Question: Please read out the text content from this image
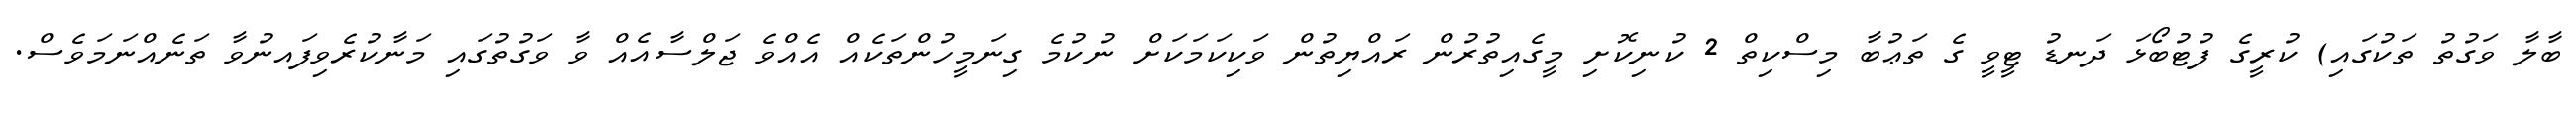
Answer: ބާލާ ވަގުތު ތަކުގައި) ކުރީގެ ފުޓުބޯޅަ ދަނޑު ޓީވީ ގެ ތަޢުބާ މިސްކިތް 2 ކުނިކޮށި މީގެއިތުރުން ރައްޔިތުން ވަކިކަމަކަށް ނުކުމެ ގިނަމީހުންތަކެއް އެއްވެ ޖަލްސާއެއް ވާ ވަގުތުގައި މަނާކުރެވިފައނުވާ ތަނެއްނަމަވެސް.